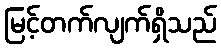
မြင့်တက်လျက်ရှိသည်